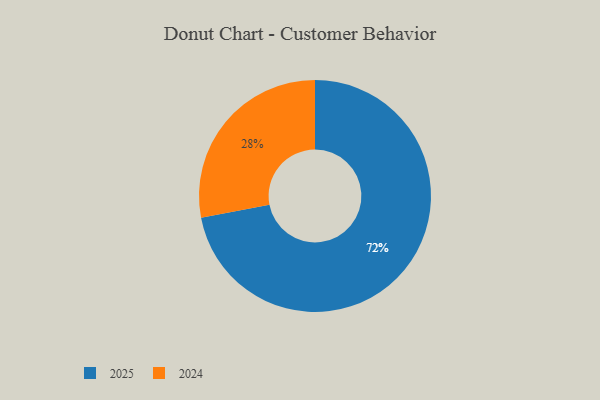
{"axis": {"x": "Category", "y": "Percentage"}, "legend": ["2024", "2025"], "data": [{"x": "2025", "y": 72, "type": "2025"}, {"x": "2024", "y": 28, "type": "2024"}]}